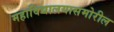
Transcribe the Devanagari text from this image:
महाविद्यालयासमोरील